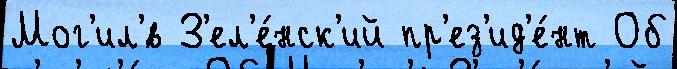
Мог'ил'́в З'ел'е́нск'ий пр'ез'ид'е́нт Об